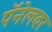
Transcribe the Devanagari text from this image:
पॅनेलवर